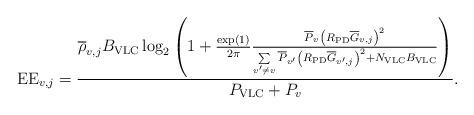
LaTeX: \begin{align*}{\rm EE}_{v,j}=\frac{{ \overline{\rho}_{v,j} B_{\rm VLC} \log_2 \left({ 1 + {\frac{\exp(1)}{2\pi}} \frac{{\overline P}_v {\left( {{R_{\rm{PD}}}{\overline{G}_{v,j}}} \right)}^2} { {\sum\limits_{v'\ne v} {\overline P}_{v'} {\left( {{R_{\rm{PD}}}{\overline{G}_{v',j}}} \right)}^2 } + N_{\rm VLC}B_{\rm VLC}} } \right)}} {P_{\rm VLC}+P_v}.\end{align*}